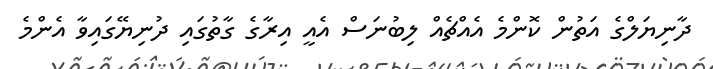
ދާނިޔަލްގެ އަތުން ކޮންމެ އެއްޗެއް ލިބުނަސް އެއީ އިރާގެ ގާތުގައި ދުނިޔޭގައިވާ އެންމެ